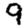
Digit: 9